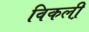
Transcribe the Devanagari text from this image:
विकली़